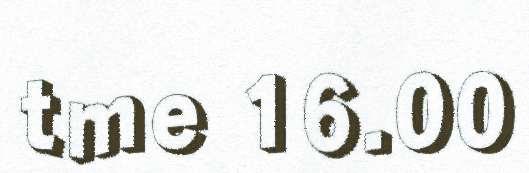
tme 16.00